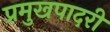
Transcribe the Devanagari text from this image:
प्रमुखपादरी